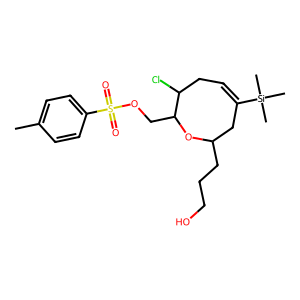
SMILES: Cc1ccc(S(=O)(=O)OCC2OC(CCCO)CC([Si](C)(C)C)=CCC2Cl)cc1
Inhibits HIV replication: No